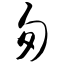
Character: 匆